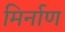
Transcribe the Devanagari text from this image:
मिर्नाण